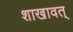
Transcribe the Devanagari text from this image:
शाखावत्